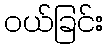
ဝယ်ခြင်း